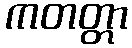
ကတတ္တာ